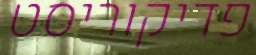
פדיקוריסט